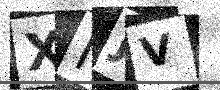
Text: XMJV